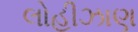
લોહીઝાણ